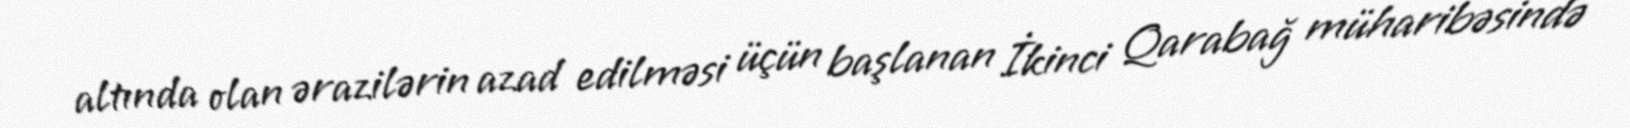
altında olan ərazilərin azad edilməsi üçün başlanan İkinci Qarabağ müharibəsində